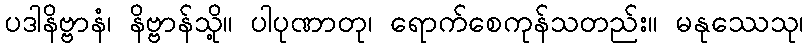
ပဒါနိဗ္ဗာနံ၊ နိဗ္ဗာန်သို့။ ပါပုဏာတု၊ ရောက်စေကုန်သတည်း။ မနုဿေသု၊